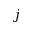
\boldsymbol j